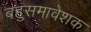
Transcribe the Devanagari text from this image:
बहुसमावेशक